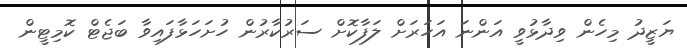
ޔަޒީދު މިހެން ވިދާޅުވީ އަންނަ އަހަރަށް ލަފާކޮށް ސަރުކާރުން ހުށަހަޅާފައިވާ ބަޖެޓް ކޮމިޓީން